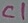
Text: C1